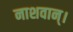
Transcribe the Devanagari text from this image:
नाशवान्।